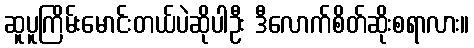
ဆူပူကြိမ်းမောင်းတယ်ပဲဆိုပါဦး ဒီလောက်စိတ်ဆိုးစရာလား။